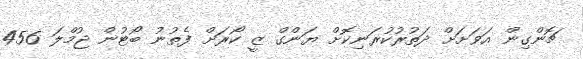
ޗޮންގިން އަވަށަށް ދަތުރުކުރަނިކޮށް ޔަންގް ޒީ ކޯރަށް ފެތުނު ބޯޓުން ޖުމްލަ 456